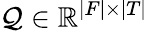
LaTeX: \mathcal{Q}\in\mathbb{{R}}^{|F|\times|T|}